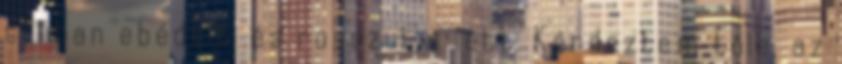
suliban ebédelt, és rosszul is lett. Kérdeztem tőle, az